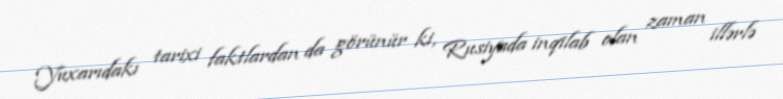
Yuxarıdakı tarixi faktlardan da görünür ki, Rusiyada inqilab olan zaman illərlə